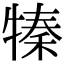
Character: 𤚩